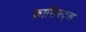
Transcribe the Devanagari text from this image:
फ़ासिस्ट्स